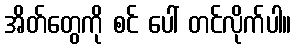
အိတ်တွေကို စင် ပေါ် တင်လိုက်ပါ။